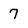
Character: 7